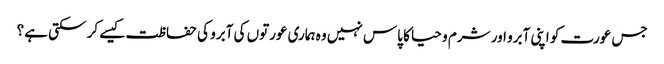
جس عورت کو اپنی آبرو اور شرم و حیا کا پاس نہیں وہ ہماری عورتوں کی آبرو کی حفاظت کیسے کر سکتی ہے؟